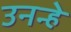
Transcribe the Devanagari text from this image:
उनन्हे